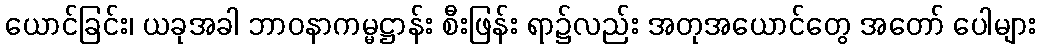
ယောင်ခြင်း၊ ယခုအခါ ဘာဝနာကမ္မဋ္ဌာန်း စီးဖြန်း ရာ၌လည်း အတုအယောင်တွေ အတော် ပေါများ